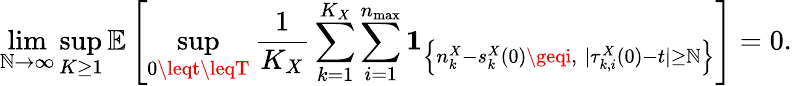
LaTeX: \operatorname*{lim}_{\mathbb{N}\to\infty}\operatorname*{sup}_{K\geq1}\mathbb{{E}}\left[\operatorname*{sup}_{0\leqt\leqT}\frac{{1}}{{K_{X}}}\sum_{k=1}^{K_{X}}\sum_{i=1}^{n_{\operatorname*{max}}}\mathbf{{1}}_{\left\{ n_{k}^{X}-s_{k}^{X}(0)\geqi,\; |\tau_{k,i}^{X}(0)-t|\geq\mathbb{N}\right\} }\right]=0.